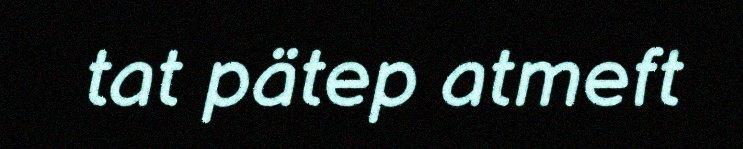
tat pätep atmeft